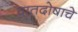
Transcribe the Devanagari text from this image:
वातदोषाचे